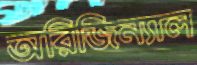
অরিজিন্যাল